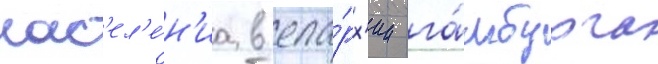
нас'ел'е́н'иа в епа́рх'ии га́мбурга